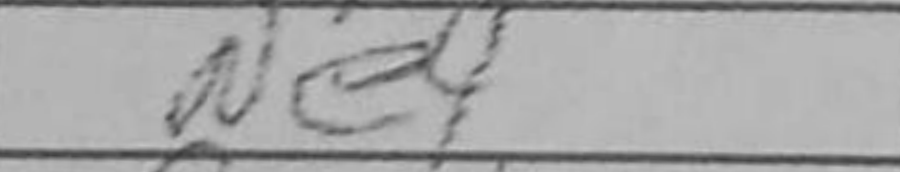
Transcription: Ne4